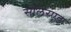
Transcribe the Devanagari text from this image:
सोलरएड